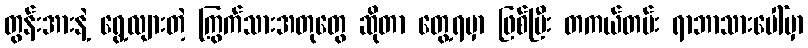
တွန်းအားနဲ့ ရွေ့လျားတဲ့ ကြွက်သားအတုတွေ ဆိုတာ တွေ့ရမှာ ဖြစ်ပြီး တကယ်တမ်း ရာဘာသားပေါ်မှာ